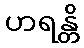
ဟရန္တိ